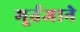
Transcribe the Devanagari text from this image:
मूर्तजाने